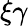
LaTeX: \xi\gamma